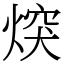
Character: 㷝